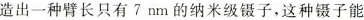
造出一种臂长只有7nm的纳米级镊子，这种镊子能